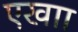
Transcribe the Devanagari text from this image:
एखाा